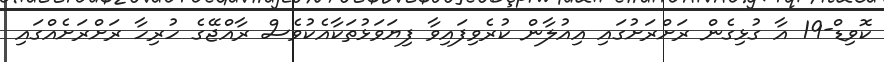
ކޮވިޑް-19 އާ ގުޅިގެން ރަށްރަށުގައި އިއުލާން ކުރެވިފައިވާ ފިޔަވަޅުތަކާއެކުވެސް ރާއްޖޭގެ ހުރިހާ ރަށްރަށެއްގައި